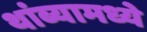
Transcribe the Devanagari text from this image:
थांब्यामध्ये